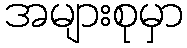
အများစုမှာ